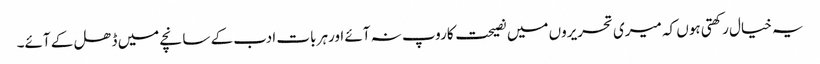
یہ خیال رکھتی ہوں کہ میری تحریروں میں نصیحت کاروپ نہ آئے اورہر بات ادب کے سانچے میں ڈھل کے آئے۔